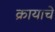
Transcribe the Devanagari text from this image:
क्रायाचे